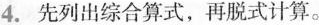
4.先列出综合算式，再脱式计算。